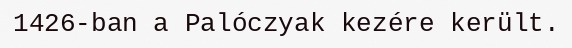
1426-ban a Palóczyak kezére került.